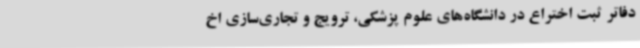
دفاتر ثبت اختراع در دانشگاه‌های علوم پزشکی، ترویج و تجاری‌سازی اخ